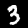
Digit: 3